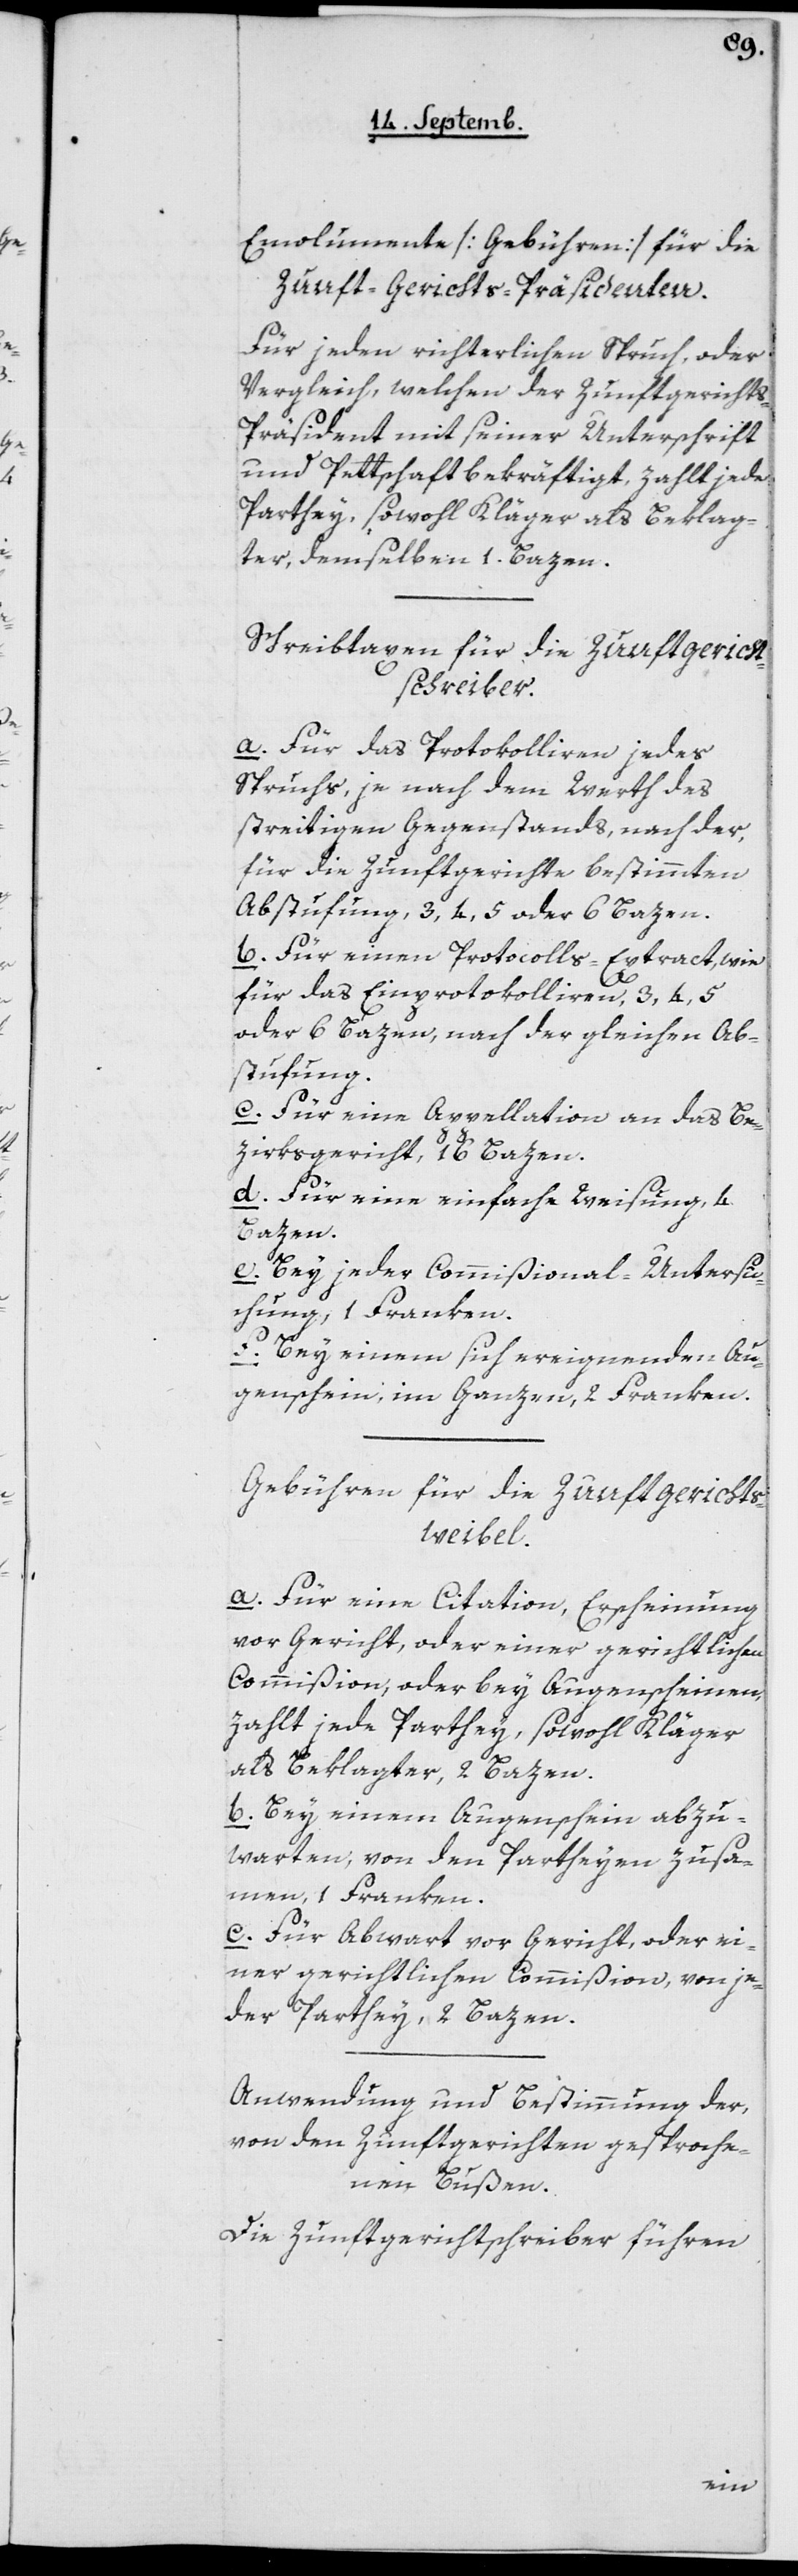
Emolumente [Gebühren] für die
Zunft-Gerichts-Präsidenten.
Für jeden richterlichen Spruch, oder
Vergleich, welchen der Zunftgericht¬
s-Präsident mit seiner Unterschrift
und Pettschaft bekräftigt, zahlt jede
Parthey, sowohl Kläger als Beklag¬
ter, demselben 1 Bazen.
Schreibtaxen für die Zunftgericht¬
s-Schreiber.
a. Für das Protokollieren jedes
Spruchs, je nach dem Werth des
streitigen Gegenstands, nach der,
für die Zunftgerichte bestimmten
Abstufung, 3, 4, 5 oder 6 Bazen.
b. Für einen Protocolls-Extract, wie
für das Einprotokollieren, 3, 4, 5
oder 6 Bazen, nach der gleichen Ab¬
stufung.
c. Für eine Appellation an das Be¬
zirksgericht, 16 Bazen.
d. Für eine einfache Weisung, 4
Bazen.
e. Bey jeder Commißional-Untersu¬
chung, 1 Franken.
f. Bey einem sich ereignenden Au¬
genschein, im Ganzen, 2 Franken.
Gebühren für die Zunftgerichts-W¬
eibel.
a. Für eine Citation, Erscheinung
vor Gericht, oder einer gerichtlichen
Commißion, oder bey Augenscheinen,
zahlt jede Parthey, sowohl Kläger
als Beklagter, 2 Bazen.
b. Bey einem Augenschein abzu¬
warten, von den Partheyen zusam¬
men, 1 Franken.
c. Für Abwart vor Gericht, oder ei¬
ner gerichtlichen Commißion, von je¬
der Parthey, 2 Bazen.
Anwendung und Bestimmung der,
von den Zunftgerichten gesproche¬
nen Bußen.